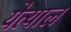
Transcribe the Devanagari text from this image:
येत्याल